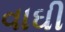
વાઘી